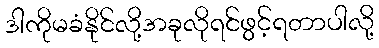
ဒါကိုမခံနိုင်လို့အခုလိုရင်ဖွင့်ရတာပါလို့